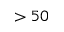
> 5 0